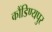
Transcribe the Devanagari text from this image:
कौंडिण्यपुर